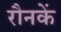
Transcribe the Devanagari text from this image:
रौनकें